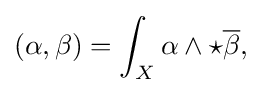
\displaystyle {(\alpha ,\beta )=\int _{X}\alpha \wedge \star {\overline {\beta }},}